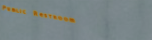
Public Restroom